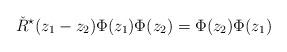
LaTeX: \begin{align*}\check R^\star(z_1-z_2)\Phi(z_1)\Phi(z_2)=\Phi(z_2)\Phi(z_1)\end{align*}